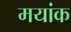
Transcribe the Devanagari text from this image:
मयांक